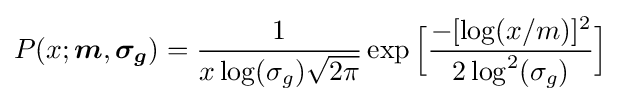
P(x;{\boldsymbol {m}},{\boldsymbol {\sigma _{g}}})={\frac {1}{x\log(\sigma _{g}){\sqrt {2\pi }}}}\exp {\Big [}{\frac {-[\log(x/m)]^{2}}{2\log ^{2}(\sigma _{g})}}{\Big ]}